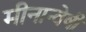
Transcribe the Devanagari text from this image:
मीनान्वेषी